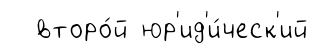
второ́й юр'ид'и́ческ'ий